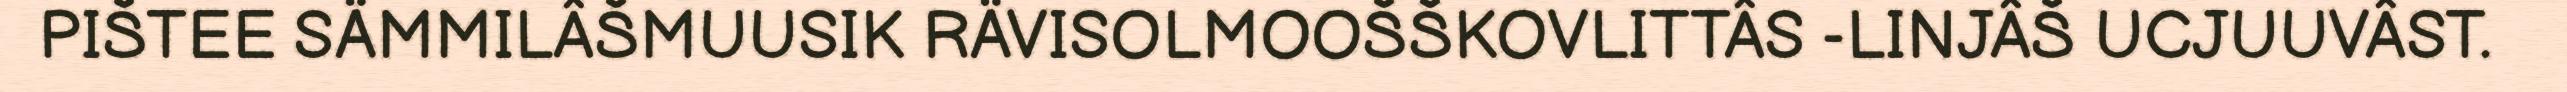
PIŠTEE SÄMMILÂŠMUUSIK RÄVISOLMOOŠŠKOVLITTÂS -LINJÂŠ UCJUUVÂST.